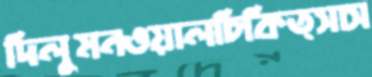
দিলুমনওয়ালচিকিত্সাস